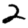
Digit: 2